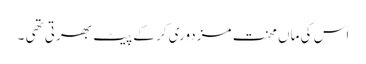
اس کی ماں محنت مزدوری کر کے پیٹ بھرتی تھی ۔